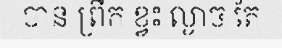
បាន ព្រឹក ខ្វះ ល្ងាច តែ